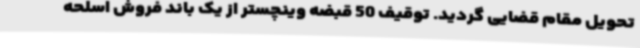
تحویل مقام قضایی گردید. توقیف 50 قبضه وینچستر از یک باند فروش اسلحه